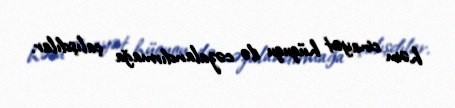
həm cinayət hüququ ilə cəzalandırmağa çalışdılar.